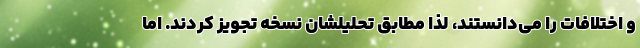
و اختلافات را می‌دانستند، لذا مطابق تحلیلشان نسخه تجویز کردند. اما